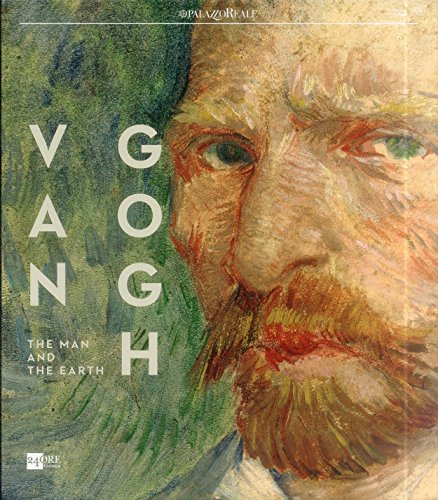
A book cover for Van Gogh: The Man and the Earth; Kathleen Adler; Arts & Photography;